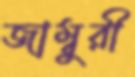
জাম্বুরী